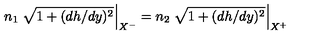
n _ { 1 } \left. \sqrt { 1 + ( d h / d y ) ^ { 2 } } \right| _ { X ^ { - } } = n _ { 2 } \left. \sqrt { 1 + ( d h / d y ) ^ { 2 } } \right| _ { X ^ { + } }